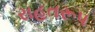
રાહતરૂપ